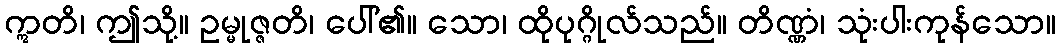
ဣတိ၊ ဤသို့။ ဥမ္မုဇ္ဇတိ၊ ပေါ်၏။ သော၊ ထိုပုဂ္ဂိုလ်သည်။ တိဏ္ဏံ၊ သုံးပါးကုန်သော။